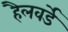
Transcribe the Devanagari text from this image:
हैलवर्डे